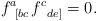
\begin{align*}f_{\;\;\left[ bc\right. }^{a}f_{\;\;\left. de\right] }^{c}=0. \end{align*}